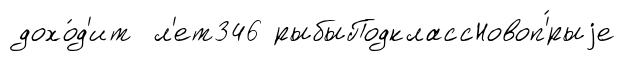
дохо́д'ит л'ет346 рыбыПодклассНовоп'́рыjе